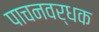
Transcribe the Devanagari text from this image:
पाचनवर्धक